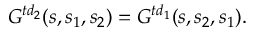
{ \cal G } ^ { t d _ { 2 } } ( s , s _ { 1 } , s _ { 2 } ) = { \cal G } ^ { t d _ { 1 } } ( s , s _ { 2 } , s _ { 1 } ) .